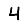
Digit: 4